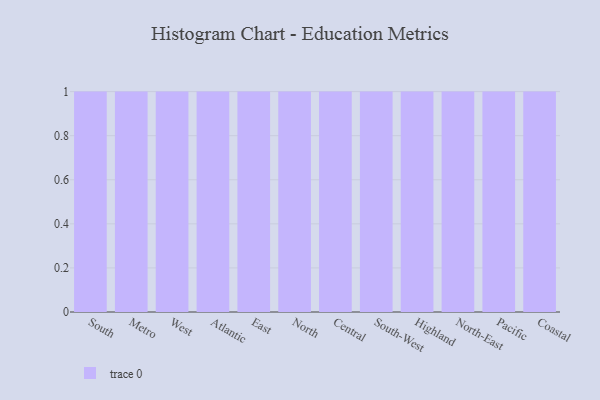
{"axis": {"x": "Region", "y": "Shipments"}, "legend": [""], "data": [{"x": "South", "y": 85, "type": ""}, {"x": "Metro", "y": 44, "type": ""}, {"x": "West", "y": 75, "type": ""}, {"x": "Atlantic", "y": 77, "type": ""}, {"x": "East", "y": 66, "type": ""}, {"x": "North", "y": 15, "type": ""}, {"x": "Central", "y": 29, "type": ""}, {"x": "South-West", "y": 69, "type": ""}, {"x": "Highland", "y": 87, "type": ""}, {"x": "North-East", "y": 31, "type": ""}, {"x": "Pacific", "y": 90, "type": ""}, {"x": "Coastal", "y": 18, "type": ""}]}